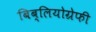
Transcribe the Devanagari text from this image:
बिब्लियोग्रेफी